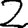
Digit: 2